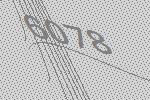
6078